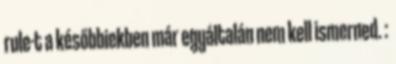
rule-t a későbbiekben már egyáltalán nem kell ismerned. :